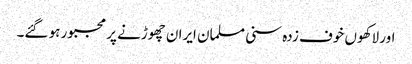
اور لاکھوں خوف زدہ سنی مسلمان ایران چھوڑنے پر مجبور ہو گئے۔